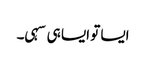
ایسا تو ایسا ہی سہی۔